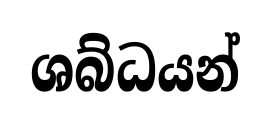
ශබ්ධයන්